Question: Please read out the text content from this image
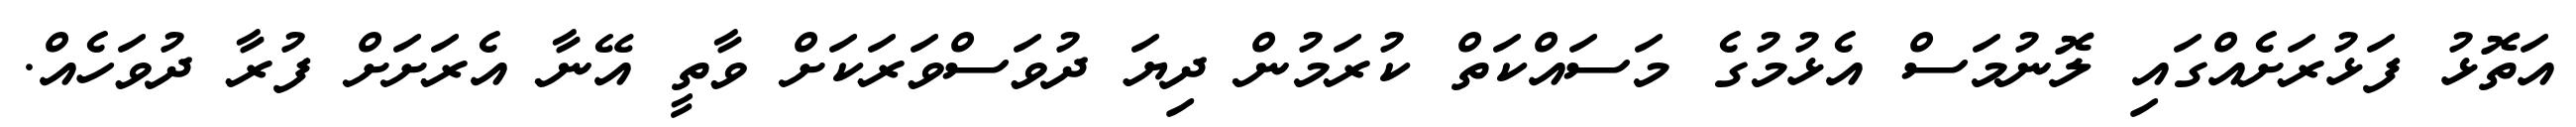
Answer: އަތޮޅު ފަޅުރަށެއްގައި ލޮނުމަސް އެޅުމުގެ މަސައްކަތް ކުރަމުން ދިޔަ ދުވަސްވަރަކަށް ވާތީ އޭނާ އެރަށަށް ފުރާ ދުވަހެއް.